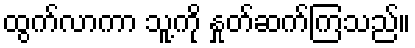
ထွက်လာကာ သူ့ကို နှုတ်ဆက်ကြသည်။